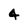
Character: 4